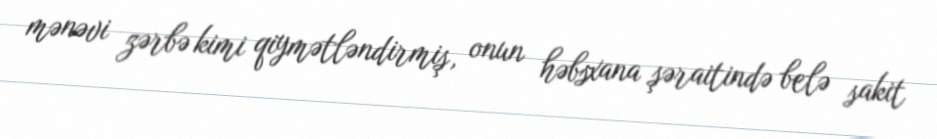
mənəvi zərbə kimi qiymətləndirmiş, onun həbsxana şəraitində belə sakit